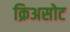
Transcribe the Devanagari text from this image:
क्रिअसोट